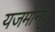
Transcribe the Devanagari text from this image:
यजमानेषु